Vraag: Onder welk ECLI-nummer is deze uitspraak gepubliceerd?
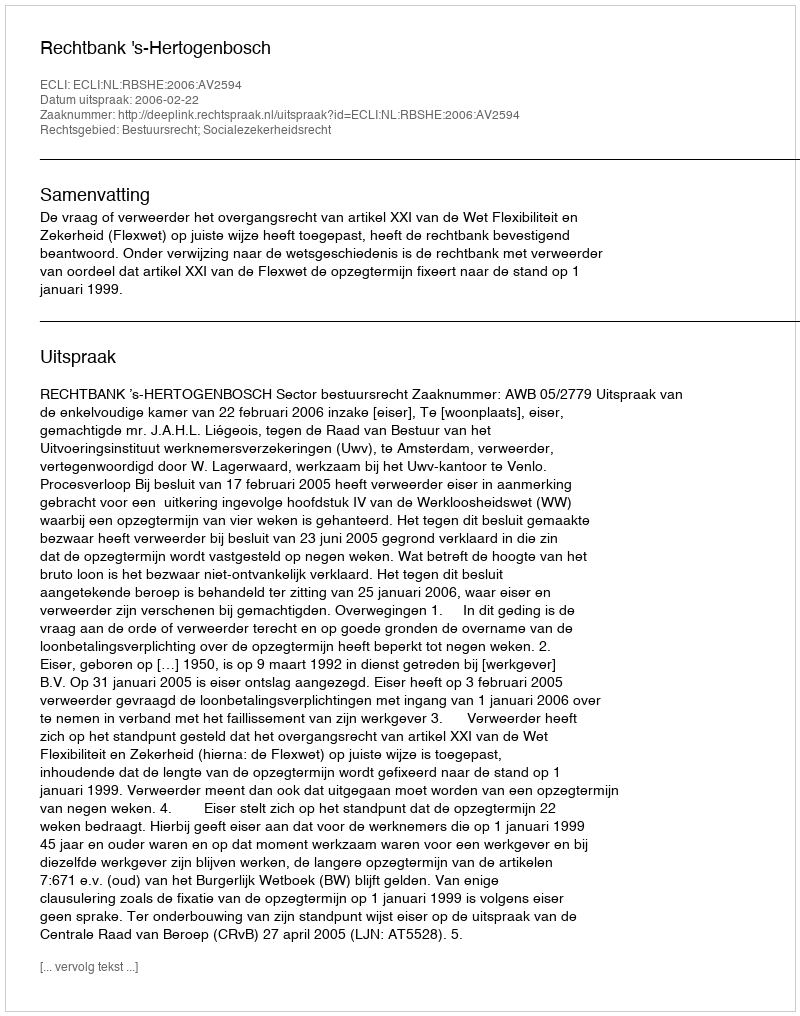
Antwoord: ECLI:NL:RBSHE:2006:AV2594